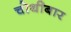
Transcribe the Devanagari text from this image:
चोथीबार